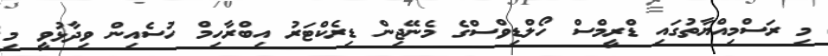
މި ރަސްމިއްޔާތުގައި ޑްރީމްސް ހޯލްޑިވްސްގެ މެނޭޖިން ޑިރެކްޓަރު އިބްރާހިމް ހުސެއިން ވިދާޅުވީ މި